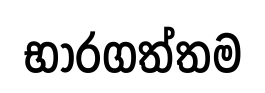
භාරගත්තම